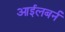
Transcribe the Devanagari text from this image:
आईलबर्न